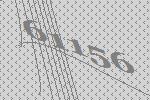
61156